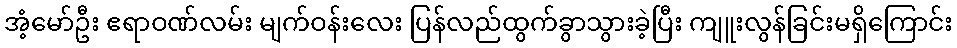
အံ့မော်ဦး ဧရာဝဏ်လမ်း မျက်ဝန်းလေး ပြန်လည်ထွက်ခွာသွားခဲ့ပြီး ကျူးလွန်ခြင်းမရှိကြောင်း